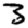
Digit: 3